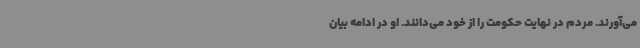
می‌آورند. مردم در نهایت حکومت را از خود می‌دانند. او در ادامه بیان